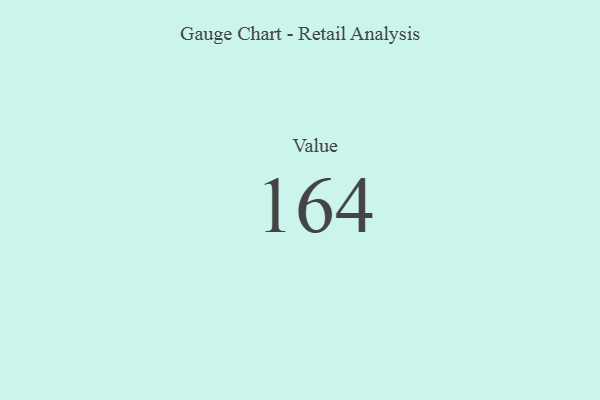
{"axis": {"x": "Metric", "y": "Value"}, "legend": [""], "data": [{"x": "Value", "y": 164, "type": ""}]}